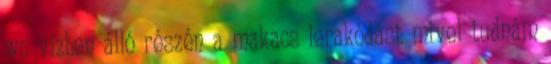
wc vízben álló részén a makacs lerakódást mivel tudnám